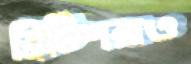
ব্রিটিশরাও